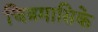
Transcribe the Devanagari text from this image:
चित्रमासिके